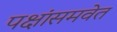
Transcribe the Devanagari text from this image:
पक्षांसमवेत